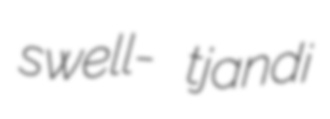
swell- tjandi